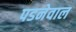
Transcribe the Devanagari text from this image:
पडनेवाल